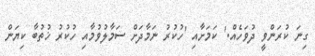
ގިނަ ކުރަންވީ ދުވަހެއް.' ކަމަށާއި 'ހުކުރު ނަމާދަށް ސަމާލުވުމާއި ހުކުރު ޚުތުބާ ކިޔަން